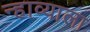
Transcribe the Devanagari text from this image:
न्हाव्याला